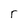
Character: r